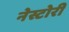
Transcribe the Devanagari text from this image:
नेस्टोरी